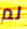
لم